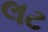
લટ